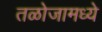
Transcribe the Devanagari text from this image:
तळोजामध्ये